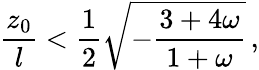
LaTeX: {\frac{z_{0}}{l}}<{\frac{1}{2}}\sqrt{-{\frac{3+4\omega}{1+\omega}}}\, ,